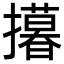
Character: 𢸓